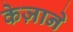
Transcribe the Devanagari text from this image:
केज़ाने